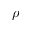
\rho